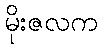
မိုးဇလက